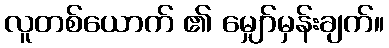
လူတစ်ယောက် ၏ မျှော်မှန်းချက်။